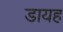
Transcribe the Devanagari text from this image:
डायह